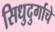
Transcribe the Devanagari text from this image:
सिधुदुर्गाचे